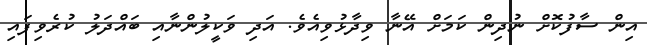
އިން ސާފުކޮށް ނުދިން ކަމަށް އޭނާ ވިދާޅުވިއެވެ. އަދި ވަކީލުންނާއި ބައްދަލު ކުރެވިފައި